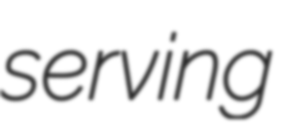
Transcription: serving